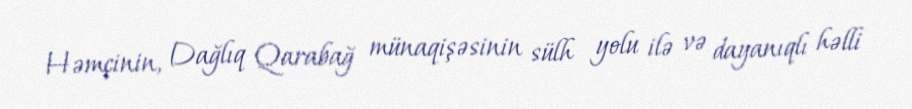
Həmçinin, Dağlıq Qarabağ münaqişəsinin sülh yolu ilə və dayanıqlı həlli